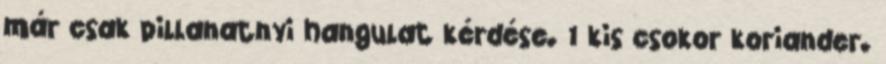
már csak pillanatnyi hangulat kérdése. 1 kis csokor koriander.